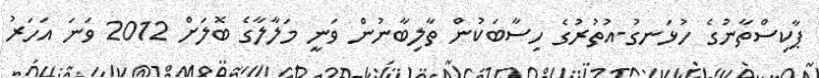
ޕާކިސްތާނުގެ ހުޅަނގު-އުތުރުގެ ހިސާބަކުން ތާލިބާނުން ވަނީ މަލާލާގެ ބޮލަށް 2012 ވަަނަ އަހަރު